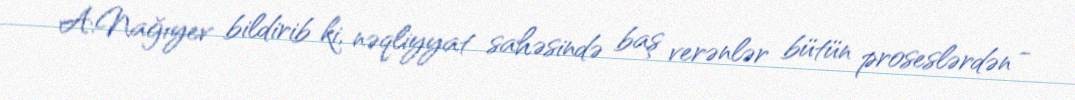
A.Nağıyev bildirib ki, nəqliyyat sahəsində baş verənlər bütün proseslərdən -